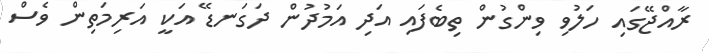
ރާއްޖޭގައި ހަލުވި ވިންގުން ތިބެފައި އަދި އަމުދުން ދަގަނޑޭ އަކީ އަރިމަތިން ވެސް